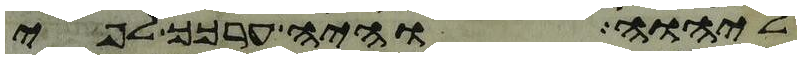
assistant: ליהוה והיה ערכך לפי